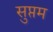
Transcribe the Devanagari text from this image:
सुप्तम